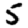
Digit: 5